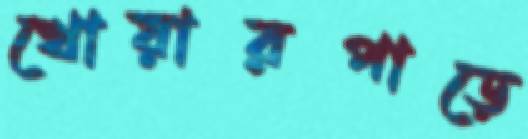
খোয়ারপাড়ে